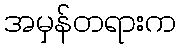
အမှန်တရားက